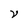
Character: V